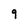
Character: 9